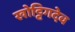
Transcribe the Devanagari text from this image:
खोट्टिगदेव